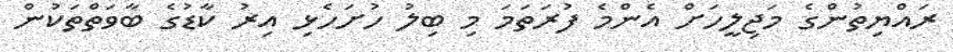
ރައްޔިތުންގެ މަޖިލީހަށް އެންމެ ފުރަތަމަ މި ބިލު ހުށަހެޅި އިރު ކާޑުގެ ބާވަތްތަކުން